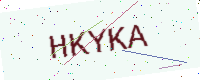
Text: HKYKA